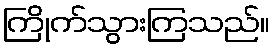
ကြိုက်သွားကြသည်။